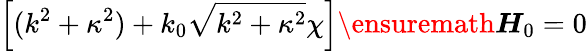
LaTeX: \left[(k^{2}+\kappa^{2})+k_{0}\sqrt{k^{2}+\kappa^{2}}\chi\right]\ensuremath{\boldsymbol{H}}_{0}=0